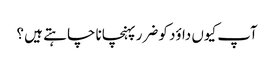
آپ کیوں داؤد کو ضرر پہنچانا چا ہتے ہیں ؟